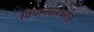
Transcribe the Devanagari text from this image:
विधानसभेवरील